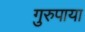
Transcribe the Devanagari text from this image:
गुरुपाया